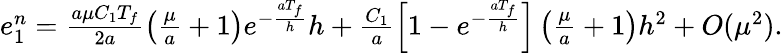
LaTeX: \begin{array}{r}{e_{1}^{n}=\frac{a\mu C_{1}T_{f}}{2a}\left(\frac{\mu}{a}+1\right)e^{-\frac{aT_{f}}{h}}h+\frac{C_{1}}{a}\left[1-e^{-\frac{aT_{f}}{h}}\right]\left(\frac{\mu}{a}+1\right)h^{2}+O(\mu^{2}).}\end{array}